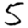
Digit: 5